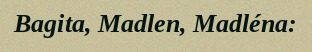
Bagita, Madlen, Madléna: